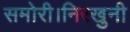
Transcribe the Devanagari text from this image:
समोरी।निरखुनी